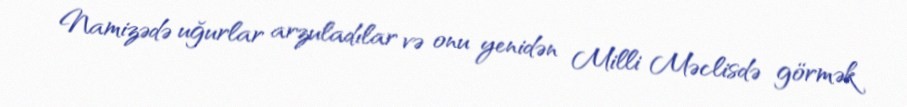
Namizədə uğurlar arzuladılar və onu yenidən Milli Məclisdə görmək